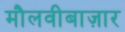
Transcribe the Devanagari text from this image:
मौलवीबाज़ार